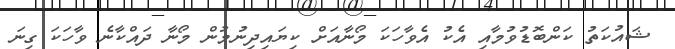
ޝައުކަތު ކަންބޮޑުވުމާއި އެކު އެވާހަކަ މޯނާއަށް ކިޔައިދިނުމުން މޯނާ ދައްކާނެ ވާހަކަ ގިނަ